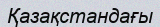
Қазақстандағы